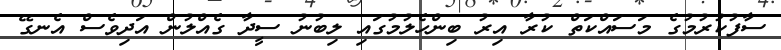
ސާފުކުރުމުގެ މަސައްކަތް ކުރާ އިރު ބިންހެލުމުގައި ލިބުނު ސީދާ ގެއްލުން އަދިވެސް އެނގޭ